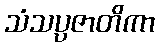
သံသပ္ပဇာတိကာ